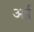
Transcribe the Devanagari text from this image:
अर्पु